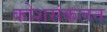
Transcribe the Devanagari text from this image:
कोशसंकलन